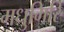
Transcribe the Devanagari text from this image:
मधुगिरि